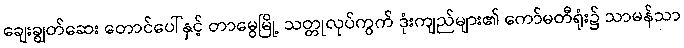
ချေးချွတ်ဆေး တောင်ပေါ်နှင့် တာမွေမြို့ သတ္တုလုပ်ကွက် ဒုံးကျည်များ၏ ကော်မတီရုံး၌ သာမန်သာ